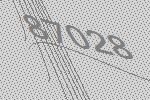
87028